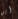
أين